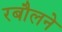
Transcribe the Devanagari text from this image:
रबौलने